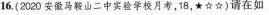
16.(2020安马山二中实验学校月考，18，★☆☆)请在如